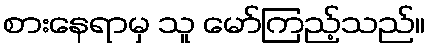
စားနေရာမှ သူ မော်ကြည့်သည်။